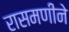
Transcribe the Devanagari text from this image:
रासमणीने